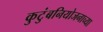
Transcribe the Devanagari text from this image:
कुटुंबनियोजनाच्या